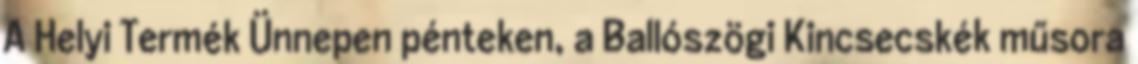
A Helyi Termék Ünnepen pénteken, a Ballószögi Kincsecskék műsora